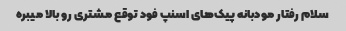
سلام رفتار مودبانه پیک‌های اسنپ فود توقع مشتری رو بالا میبره